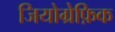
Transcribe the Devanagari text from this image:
जियोग्रेफ़िक